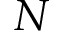
N